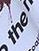
the